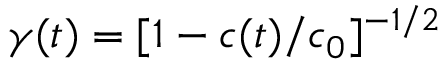
\gamma ( t ) = [ 1 - c ( t ) / c _ { 0 } ] ^ { - 1 / 2 }